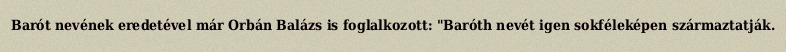
Barót nevének eredetével már Orbán Balázs is foglalkozott: "Baróth nevét igen sokféleképen származtatják.